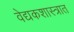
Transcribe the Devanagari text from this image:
वेद्यकशास्त्रात